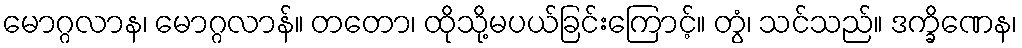
မောဂ္ဂလာန၊ မောဂ္ဂလာန်။ တတော၊ ထိုသို့မပယ်ခြင်းကြောင့်။ တွံ၊ သင်သည်။ ဒက္ခိဏေန၊